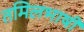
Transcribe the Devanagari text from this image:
तमिलभाषी